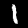
Digit: 1